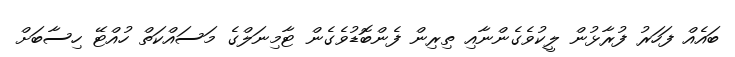
ބައެއް ފަހަރު ފުރާޅުން ލީކުވެގެންނާއި ތިރިން ފެންބޮޑުވެގެން ޓާމިނަލްގެ މަސައްކަތް ހުއްޓޭ ހިސާބަށް